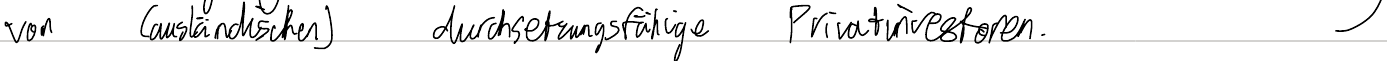
von (ausländischen) durchsetzungsfähige Privatinvestoren.